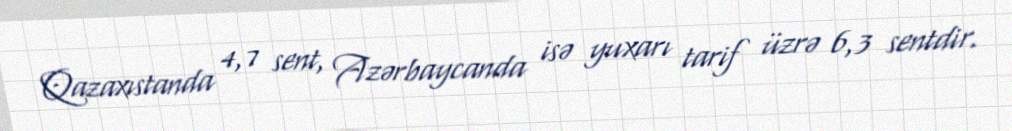
Qazaxıstanda 4,7 sent, Azərbaycanda isə yuxarı tarif üzrə 6,3 sentdir.